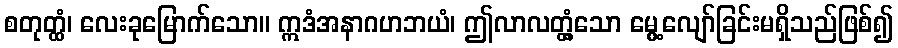
စတုတ္ထံ၊ လေးခုမြောက်သော။ ဣဒံအနာဂဟဘယံ၊ ဤလာလတ္တံ့သော မွေ့လျော်ခြင်းမရှိသည်ဖြစ်၍